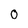
Character: O